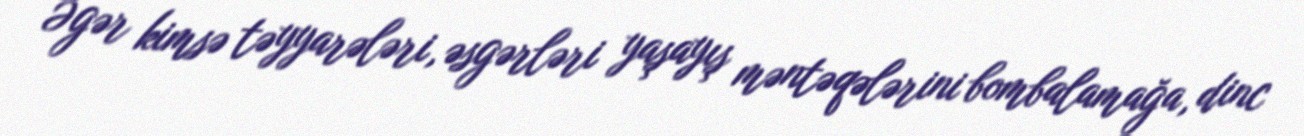
Əgər kimsə təyyarələri, əsgərləri yaşayış məntəqələrini bombalamağa, dinc